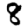
Digit: 8